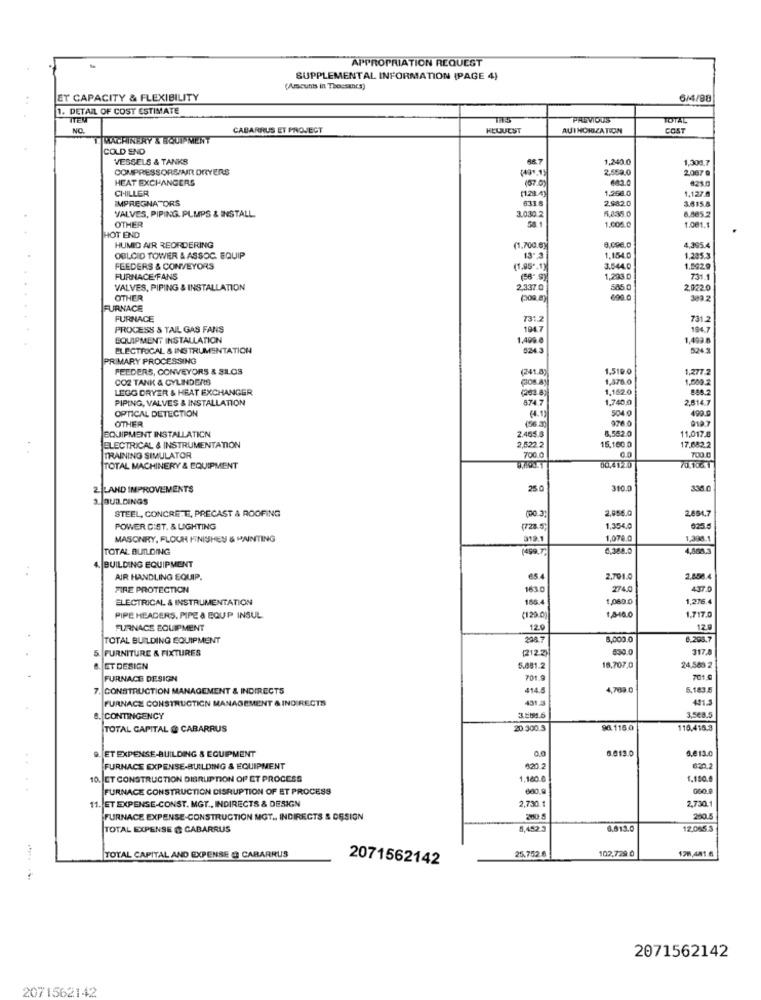
APPROPRIATION REQUEST
SUPPLEMENTAL INFORMATION (PAGE 4)
(Amounts in Thousands)
ET CAPACITY & FLEXIBILITY
6/4/98
1. DETAIL OF COST ESTIMATE
ITEM
PREVIOUS
TOTAL
NO.
CABARRUS ET PROJECT
HLUUEST
AUTHORIZATION
COST
MACHINERY & EQUIPMENT
COLD END
VESSELS & TANKS
1,240.0
1,304,7
COMPRESSORS/MR DRYERS
2.559.0
2.087 @
HEAT EXCHANGERS
(87 0)
823. 0
CHILLER
(1.28.4)
1,258.0
1.127.0
IMPREGNATORS
6338
2.982.0
3.615.8
VALVES, PIPING. PLMPS & INSTALL.
3.030.2
5435.0
OTHER
54.1
6.865.2
1.001.1
1.005.0
HOT END
HUMID AIR REORDERING
(1.700.0)
4,395.4
OBLGID TOWEER & ASSOC. EQUIP
13- 3
1,154.0
1.285.3
FEEDERS & CONVEYORS
(1.95".1)
3.544.0
1.502.9
FURNACE FANS
(58" S)
1,293.0
731.
VALVES, PIPING & INSTALLATION
2,337.0
585.0
2,922.0
OTHER
(os.a)
000.0
FURNACE
FURNACE
731.2
731.
PROCESS & TAIL GAS FANS
194.7
194,7
EQUIPMENT INSTALLATION
1.499.0
1,492
ELECTROCAL & INSTRUMENTATION
524.3
PRIMARY PROCESSING
FEEDERS, CONVEYORS & S1.OS
(241.8
1,519.0
1,277.2
CO2 TANK & CYLINDERS
Ços.a
1,378.0
1,509.2
LEGG DRYER & HEAT EXCHANGER
(203.8)
1.152.0
888.2
PIPING, VALVES & INSTALLATION
874 7
1,740.0
2,8167
OPTICAL DETECTION
504 0
OTHER
(4.13
400.
EQUIPMENT INSTALLATION
(56.30
8,552.0
11,017.8
2.465.6
ELECTRICAL & INSTRUMENTATION
2822 2
16.160.0
17.682.2
TRAINING SIMULATOR
700.0
TOTAL MACHINERY & EQUIPMENT
001.4120
2 LAND IMPROVEMENTS
25 0
310.0
336.0
3. BUD DINGS
STEEL, CONCRETE, PRECAST & ROOFING
2,956.0
2.854.7
(00.3;
POWER GIST. & LIGHTING
(728.5;
1,354,0
025.5
MASONRY, FLOUR FINISHES & PAINTING
212.1
1,079.0
.308.1
TOTAL BUILDING
(499.7)
0,388.0
4. BUILDING EQUIPMENT
AIR HANDLING EQUIP.
65.4
2,791.0
2,856.4
FIRE PROTECTION
163.0
274.
437.0
ELECTRICAL & INSTRUMENTATION
156.4
1,060.0
1,276.4
1.717.0
PIPE HEADERS. PIPE & EQUP INSUL
(129.0)
1,846.0
FURNACE EQUIPMENT
12.0
12.9
TOTAL BUILDING EQUIPMENT
2087
8,000.0
5. FURNITURE & FIXTURES
(212 .2)
530.0
317
24,569 2
B. ET DESIGN
5.881.2
18,707,0
FURNACE DESIGN
701 9
701.@
7. CONSTRUCTION MANAGEMENT & INDIRECTS
414.5
4,763.0
5,183.5
FURNACE CONSTRUCTION MANAGEMENT & INDIRECTS
431.3
41.3
8. CONTINGENCY
3,508.
TOTAL CAPITAL @ CABARRUS
20.300.3
96.115.0
116.416.3
8.613.0
9. ET EXPENSE-BUILDING & EQUIPMENT
5.813.0
FURNACE EXPENSE-BUILDING & EQUIPMENT
420.2
620.2
10. ET CONSTRUCTION DISRUPTION OF ET PROCESS
1.180.0
1.150.0
FURNACE CONSTRUCTION DISRUPTION OF ET PROCESS
600.9
060.9
2,730.1
2,730.1
11. ET EXPENSE-CONST. MGT ., INDIRECTS & DESIGN
FURNACE EXPENSE-CONSTRUCTION MGT ., INDIRECTS & DESIGN
290.5
TOTAL EXPENSE @ CABARRUS
5,452.5
6.813.0
12.065.3
102,729.0
178,481.6
TOTAL CAPITAL AND EXPENSE @ CABARRUS
2071562142
25.752.6
2071562142
2071562142